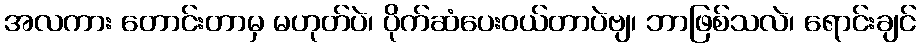
အလကား တောင်းတာမှ မဟုတ်ပဲ၊ ပိုက်ဆံပေးဝယ်တာပဲဗျ၊ ဘာဖြစ်သလဲ၊ ရောင်းချင်